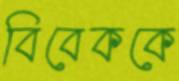
বিবেককে